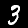
Label: 3